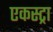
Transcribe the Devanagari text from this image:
एकस्ट्रा